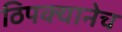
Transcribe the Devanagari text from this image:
ठिपक्यानेच